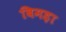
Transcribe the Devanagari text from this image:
बिमड़ा